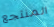
المنتجع